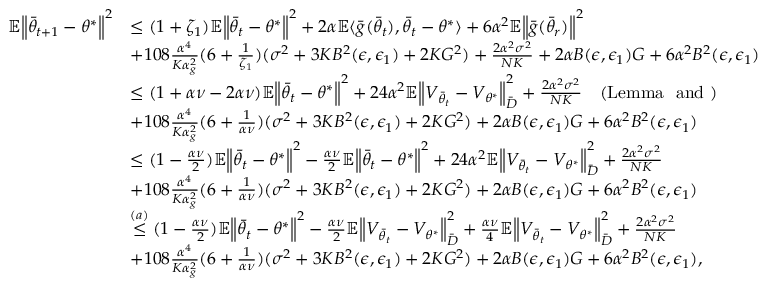
\begin{array} { r l } { \mathbb { E } \Big \lVert \bar { \theta } _ { t + 1 } - \theta ^ { * } \Big \rVert ^ { 2 } } & { \le ( 1 + \zeta _ { 1 } ) \mathbb { E } \Big \lVert \bar { \theta } _ { t } - \theta ^ { * } \Big \rVert ^ { 2 } + 2 \alpha \mathbb { E } \langle \bar { g } ( \bar { \theta } _ { t } ) , \bar { \theta } _ { t } - \theta ^ { * } \rangle + 6 \alpha ^ { 2 } \mathbb { E } \Big \lVert \bar { g } ( \bar { \theta } _ { r } ) \Big \rVert ^ { 2 } } \\ & { + 1 0 8 \frac { \alpha ^ { 4 } } { K \alpha _ { g } ^ { 2 } } ( 6 + \frac { 1 } { \zeta _ { 1 } } ) ( \sigma ^ { 2 } + 3 K B ^ { 2 } ( \epsilon , \epsilon _ { 1 } ) + 2 K G ^ { 2 } ) + \frac { 2 \alpha ^ { 2 } \sigma ^ { 2 } } { N K } + 2 \alpha B ( \epsilon , \epsilon _ { 1 } ) G + 6 \alpha ^ { 2 } B ^ { 2 } ( \epsilon , \epsilon _ { 1 } ) } \\ & { \le ( 1 + \alpha \nu - 2 \alpha \nu ) \mathbb { E } \Big \lVert \bar { \theta } _ { t } - \theta ^ { * } \Big \rVert ^ { 2 } + 2 4 \alpha ^ { 2 } \mathbb { E } \Big \lVert V _ { \bar { \theta } _ { t } } - V _ { \theta ^ { * } } \Big \rVert _ { \bar { D } } ^ { 2 } + \frac { 2 \alpha ^ { 2 } \sigma ^ { 2 } } { N K } \quad ( \mathrm { L e m m a ~ ~ a n d ~ } ) } \\ & { + 1 0 8 \frac { \alpha ^ { 4 } } { K \alpha _ { g } ^ { 2 } } ( 6 + \frac { 1 } { \alpha \nu } ) ( \sigma ^ { 2 } + 3 K B ^ { 2 } ( \epsilon , \epsilon _ { 1 } ) + 2 K G ^ { 2 } ) + 2 \alpha B ( \epsilon , \epsilon _ { 1 } ) G + 6 \alpha ^ { 2 } B ^ { 2 } ( \epsilon , \epsilon _ { 1 } ) } \\ & { \le ( 1 - \frac { \alpha \nu } { 2 } ) \mathbb { E } \Big \lVert \bar { \theta } _ { t } - \theta ^ { * } \Big \rVert ^ { 2 } - \frac { \alpha \nu } { 2 } \mathbb { E } \Big \lVert \bar { \theta } _ { t } - \theta ^ { * } \Big \rVert ^ { 2 } + 2 4 \alpha ^ { 2 } \mathbb { E } \Big \lVert V _ { \bar { \theta } _ { t } } - V _ { \theta ^ { * } } \Big \rVert _ { \bar { D } } ^ { 2 } + \frac { 2 \alpha ^ { 2 } \sigma ^ { 2 } } { N K } } \\ & { + 1 0 8 \frac { \alpha ^ { 4 } } { K \alpha _ { g } ^ { 2 } } ( 6 + \frac { 1 } { \alpha \nu } ) ( \sigma ^ { 2 } + 3 K B ^ { 2 } ( \epsilon , \epsilon _ { 1 } ) + 2 K G ^ { 2 } ) + 2 \alpha B ( \epsilon , \epsilon _ { 1 } ) G + 6 \alpha ^ { 2 } B ^ { 2 } ( \epsilon , \epsilon _ { 1 } ) } \\ & { \stackrel { ( a ) } { \le } ( 1 - \frac { \alpha \nu } { 2 } ) \mathbb { E } \Big \lVert \bar { \theta } _ { t } - \theta ^ { * } \Big \rVert ^ { 2 } - \frac { \alpha \nu } { 2 } \mathbb { E } \Big \lVert V _ { \bar { \theta } _ { t } } - V _ { \theta ^ { * } } \Big \rVert _ { \bar { D } } ^ { 2 } + \frac { \alpha \nu } { 4 } \mathbb { E } \Big \lVert V _ { \bar { \theta } _ { t } } - V _ { \theta ^ { * } } \Big \rVert _ { \bar { D } } ^ { 2 } + \frac { 2 \alpha ^ { 2 } \sigma ^ { 2 } } { N K } } \\ & { + 1 0 8 \frac { \alpha ^ { 4 } } { K \alpha _ { g } ^ { 2 } } ( 6 + \frac { 1 } { \alpha \nu } ) ( \sigma ^ { 2 } + 3 K B ^ { 2 } ( \epsilon , \epsilon _ { 1 } ) + 2 K G ^ { 2 } ) + 2 \alpha B ( \epsilon , \epsilon _ { 1 } ) G + 6 \alpha ^ { 2 } B ^ { 2 } ( \epsilon , \epsilon _ { 1 } ) , } \end{array}